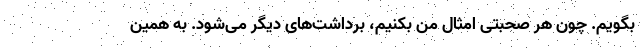
بگویم. چون هر صحبتی امثال من بکنیم، برداشت‌های دیگر می‌شود. به همین